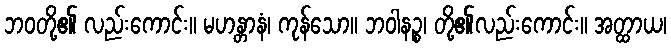
ဘဝတို့၏ လည်းကောင်း။ မဟန္တာနံ၊ ကုန်သော။ ဘဝါနဉ္စ၊ တို့၏လည်းကောင်း။ အတ္ထာယ၊